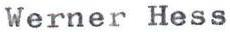
Werner Hess